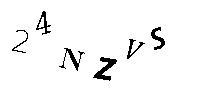
24NZVS